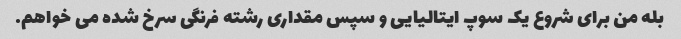
بله من برای شروع یک سوپ ایتالیایی و سپس مقداری رشته فرنگی سرخ شده می خواهم.